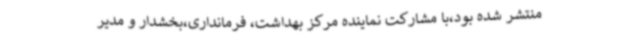
منتشر شده بود،با مشارکت نماینده مرکز بهداشت، فرمانداری،بخشدار و مدیر